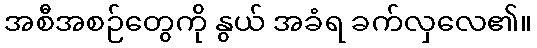
အစီအစဉ်တွေကို နွယ် အခံရ ခက်လှလေ၏။